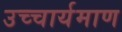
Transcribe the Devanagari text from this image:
उच्चार्यमाण